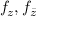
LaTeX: f _ { z } , f _ { \bar { z } }